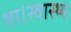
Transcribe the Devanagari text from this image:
था।स्वास्थ्य